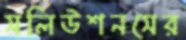
সলিউশনসের